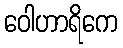
ဝေါဟာရိကေ